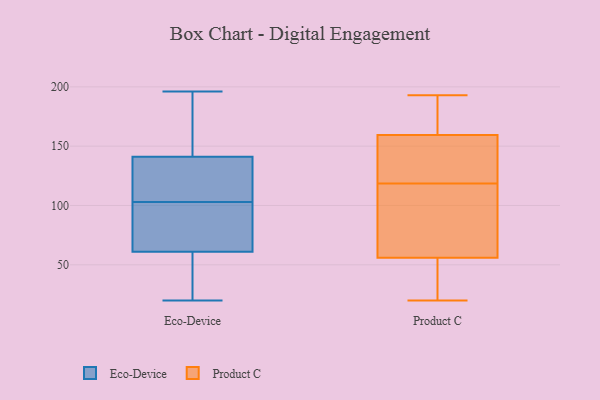
{"axis": {"x": "Headcount", "y": "Value"}, "legend": ["Eco-Device", "Product C"], "data": [{"x": "", "y": 52, "type": "Eco-Device"}, {"x": "", "y": 148, "type": "Eco-Device"}, {"x": "", "y": 75, "type": "Eco-Device"}, {"x": "", "y": 121, "type": "Eco-Device"}, {"x": "", "y": 108, "type": "Eco-Device"}, {"x": "", "y": 98, "type": "Eco-Device"}, {"x": "", "y": 186, "type": "Eco-Device"}, {"x": "", "y": 56, "type": "Eco-Device"}, {"x": "", "y": 196, "type": "Eco-Device"}, {"x": "", "y": 139, "type": "Eco-Device"}, {"x": "", "y": 126, "type": "Eco-Device"}, {"x": "", "y": 51, "type": "Eco-Device"}, {"x": "", "y": 194, "type": "Eco-Device"}, {"x": "", "y": 141, "type": "Eco-Device"}, {"x": "", "y": 64, "type": "Eco-Device"}, {"x": "", "y": 20, "type": "Eco-Device"}, {"x": "", "y": 61, "type": "Eco-Device"}, {"x": "", "y": 90, "type": "Eco-Device"}, {"x": "", "y": 181, "type": "Product C"}, {"x": "", "y": 37, "type": "Product C"}, {"x": "", "y": 129, "type": "Product C"}, {"x": "", "y": 160, "type": "Product C"}, {"x": "", "y": 63, "type": "Product C"}, {"x": "", "y": 193, "type": "Product C"}, {"x": "", "y": 57, "type": "Product C"}, {"x": "", "y": 20, "type": "Product C"}, {"x": "", "y": 165, "type": "Product C"}, {"x": "", "y": 124, "type": "Product C"}, {"x": "", "y": 94, "type": "Product C"}, {"x": "", "y": 93, "type": "Product C"}, {"x": "", "y": 183, "type": "Product C"}, {"x": "", "y": 149, "type": "Product C"}, {"x": "", "y": 48, "type": "Product C"}, {"x": "", "y": 159, "type": "Product C"}, {"x": "", "y": 123, "type": "Product C"}, {"x": "", "y": 25, "type": "Product C"}, {"x": "", "y": 55, "type": "Product C"}, {"x": "", "y": 114, "type": "Product C"}]}